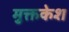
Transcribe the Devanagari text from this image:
मुक्तकेश